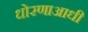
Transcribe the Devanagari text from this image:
धोरणाआधी